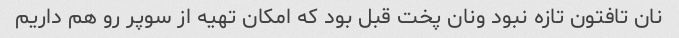
نان تافتون تازه نبود ونان پخت قبل بود که امکان تهیه از سوپر رو هم داریم